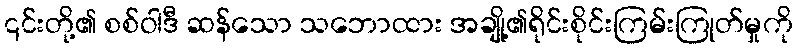
၎င်းတို့၏ စစ်ဝါဒီ ဆန်သော သဘောထား အချို့၏ရိုင်းစိုင်းကြမ်းကြုတ်မှုကို